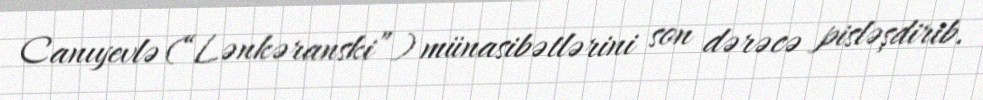
Canıyevlə (“Lənkəranski”) münasibətlərini son dərəcə pisləşdirib.